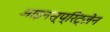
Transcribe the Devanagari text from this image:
आइनस्प्रिट्ज़ेन